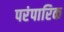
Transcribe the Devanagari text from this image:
परंपारिक